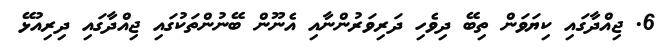
6. ޖިއްދާގައި ކިޔަވަން ތިބޭ ދިވެހި ދަރިވަރުންނާއި އެނޫން ބޭނުންތަކުގައި ޖިއްދާގައި ދިރިއުޅޭ